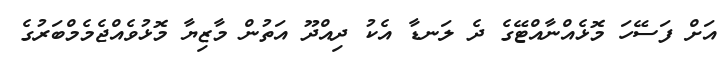
އަށް ފަސޭހަ މޮޅެއްނާއްޓޭގެ ދެ ލަނޑާ އެކު ދިއްދޫ އަތުން މާޒިޔާ މޮޅުވެއްޖެމެމްބަރުގެ